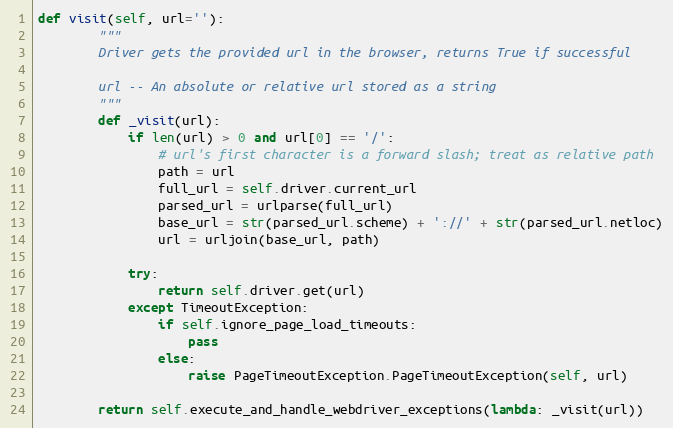
Language: Python
def visit(self, url=''):
        """
        Driver gets the provided url in the browser, returns True if successful

        url -- An absolute or relative url stored as a string
        """
        def _visit(url):
            if len(url) > 0 and url[0] == '/':
                # url's first character is a forward slash; treat as relative path
                path = url
                full_url = self.driver.current_url
                parsed_url = urlparse(full_url)
                base_url = str(parsed_url.scheme) + '://' + str(parsed_url.netloc)
                url = urljoin(base_url, path)

            try:
                return self.driver.get(url)
            except TimeoutException:
                if self.ignore_page_load_timeouts:
                    pass
                else:
                    raise PageTimeoutException.PageTimeoutException(self, url)

        return self.execute_and_handle_webdriver_exceptions(lambda: _visit(url))